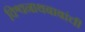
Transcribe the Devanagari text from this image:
विश्वनाथबाबांची